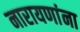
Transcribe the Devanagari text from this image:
नारायणांना